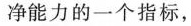
净能力的一个指标，